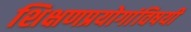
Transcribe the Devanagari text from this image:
शिक्षणप्रयोगांविषयी